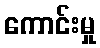
ကောင်းမှု